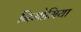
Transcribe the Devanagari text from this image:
निमोमिया